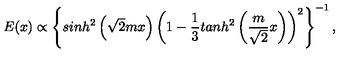
E ( x ) \propto \left\{ s i n h ^ { 2 } \left( \sqrt { 2 } m x \right) \left( 1 - \frac 1 3 t a n h ^ { 2 } \left( \frac { m } { \sqrt 2 } x \right) \right) ^ { 2 } \right\} ^ { - 1 } ,